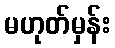
မဟုတ်မှန်း